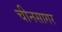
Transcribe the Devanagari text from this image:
चीनसागर